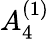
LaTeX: {A}_{4}^{(1)}